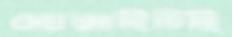
হোয়াইটই